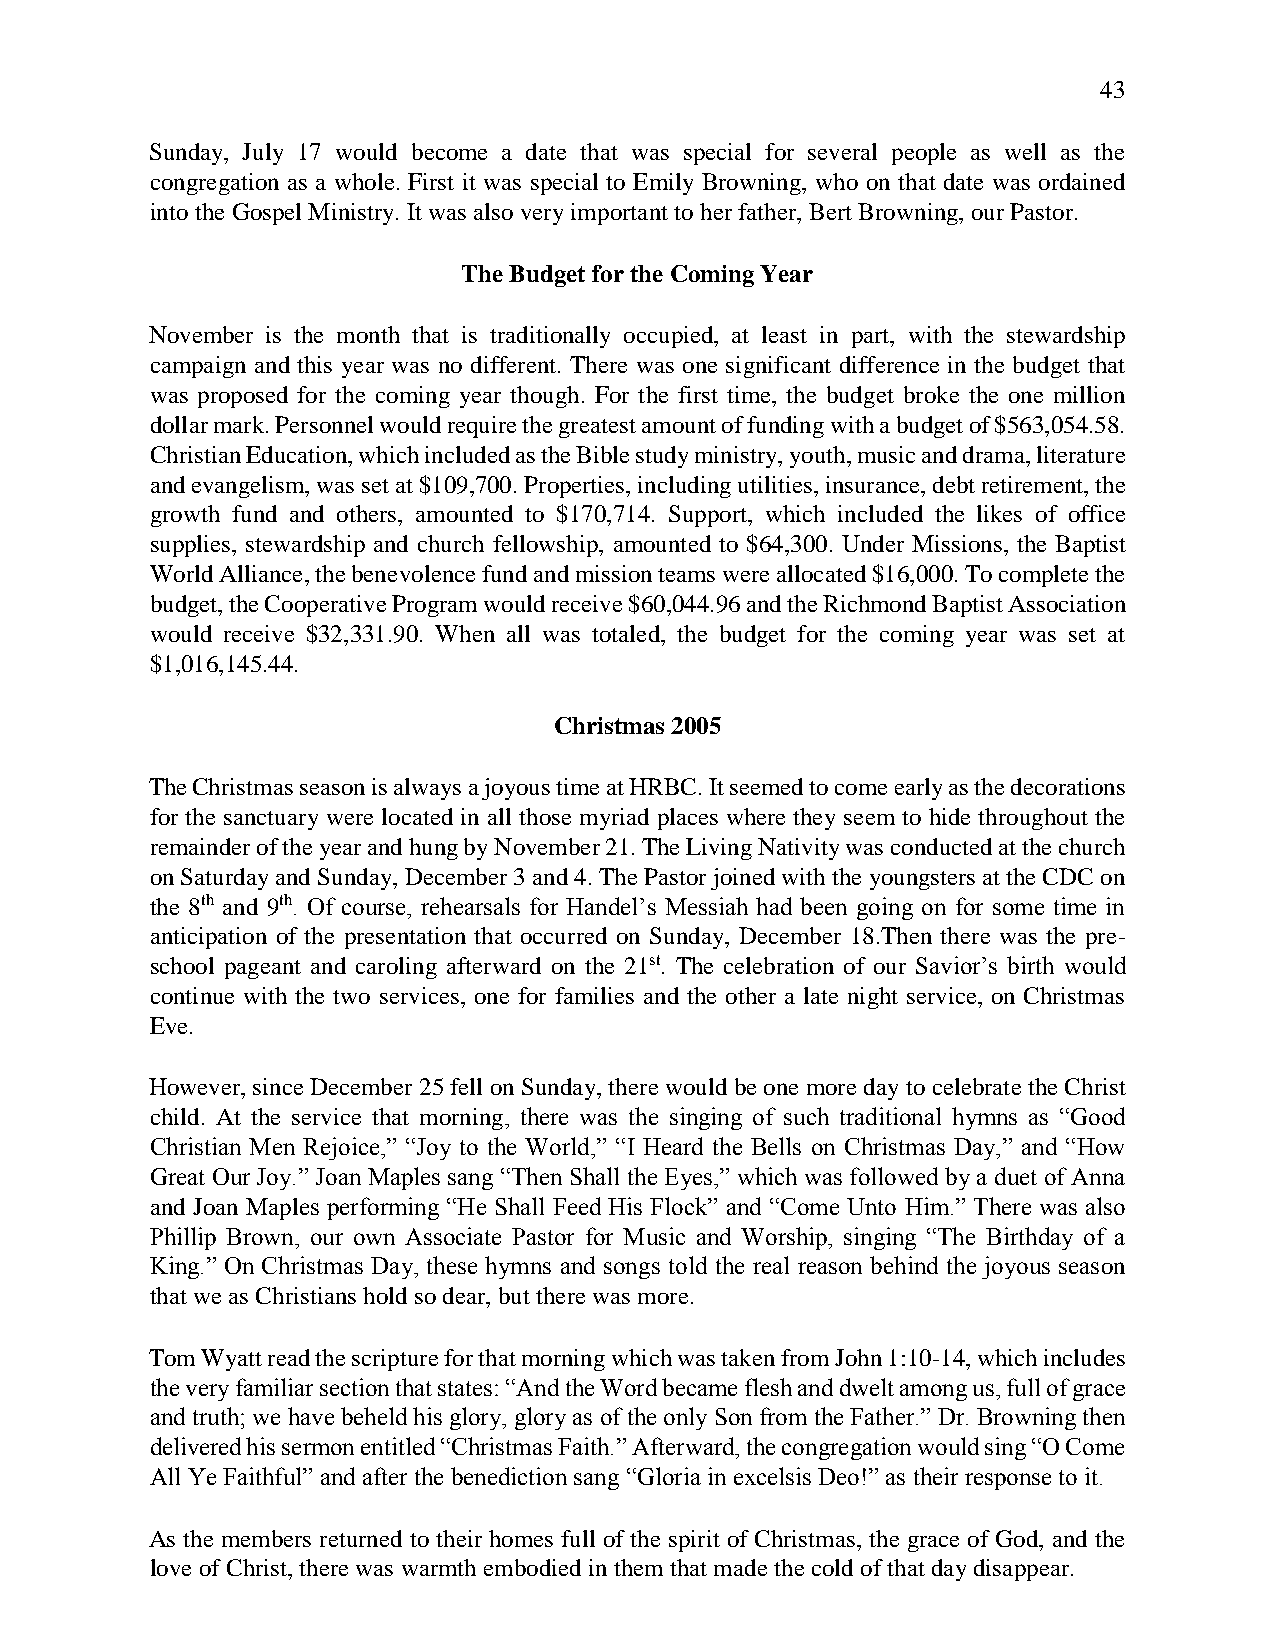
43
 Sunday, July 17 would become a date that was special for several people as well as the
 congregation as a whole. First it was special to Emily Browning, who on that date was ordained
 into the Gospel Ministry. It was also very important to her father, Bert Browning, our Pastor.
 The Budget for the Coming Year
 November is the month that is traditionally occupied, at least in part, with the stewardship
 campaign and this year was no different. There was one significant difference in the budget that
 was proposed for the coming year though. For the first time, the budget broke the one million
 dollar mark. Personnel would require the greatest amount of funding with a budget of $563,054.58.
 Christian Education, which included as the Bible study ministry, youth, music and drama, literature
 and evangelism, was set at $109,700. Properties, including utilities, insurance, debt retirement, the
 growth fund and others, amounted to $170,714. Support, which included the likes of office
 supplies, stewardship and church fellowship, amounted to $64,300. Under Missions, the Baptist
 World Alliance, the benevolence fund and mission teams were allocated $16,000. To complete the
 budget, the Cooperative Program would receive $60,044.96 and the Richmond Baptist Association
 would receive $32,331.90. When all was totaled, the budget for the coming year was set at
 $1,016,145.44.
 Christmas 2005
 The Christmas season is always a joyous time at HRBC. It seemed to come early as the decorations
 for the sanctuary were located in all those myriad places where they seem to hide throughout the
 remainder of the year and hung by November 21. The Living Nativity was conducted at the church
 on Saturday and Sunday, December 3 and 4. The Pastor joined with the youngsters at the CDC on
 the 8th and 9th. Of course, rehearsals for Handel’s Messiah had been going on for some time in
 anticipation of the presentation that occurred on Sunday, December 18.Then there was the pre-
 school pageant and caroling afterward on the 21st. The celebration of our Savior’s birth would
 continue with the two services, one for families and the other a late night service, on Christmas
 Eve.
 However, since December 25 fell on Sunday, there would be one more day to celebrate the Christ
 child. At the service that morning, there was the singing of such traditional hymns as “Good
 Christian Men Rejoice,” “Joy to the World,” “I Heard the Bells on Christmas Day,” and “How
 Great Our Joy.” Joan Maples sang “Then Shall the Eyes,” which was followed by a duet of Anna
 and Joan Maples performing “He Shall Feed His Flock” and “Come Unto Him.” There was also
 Phillip Brown, our own Associate Pastor for Music and Worship, singing “The Birthday of a
 King.” On Christmas Day, these hymns and songs told the real reason behind the joyous season
 that we as Christians hold so dear, but there was more.
 Tom Wyatt read the scripture for that morning which was taken from John 1:10-14, which includes
 the very familiar section that states: “And the Word became flesh and dwelt among us, full of grace
 and truth; we have beheld his glory, glory as of the only Son from the Father.” Dr. Browning then
 delivered his sermon entitled “Christmas Faith.” Afterward, the congregation would sing “O Come
 All Ye Faithful” and after the benediction sang “Gloria in excelsis Deo!” as their response to it.
 As the members returned to their homes full of the spirit of Christmas, the grace of God, and the
 love of Christ, there was warmth embodied in them that made the cold of that day disappear.